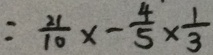
= \frac { 2 1 } { 1 0 } x - \frac { 4 } { 5 } \times \frac { 1 } { 3 }